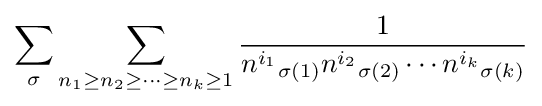
\sum _{\sigma }\sum _{n_{1}\geq n_{2}\geq \cdots \geq n_{k}\geq 1}{\frac {1}{{n^{i_{1}}}_{\sigma (1)}{n^{i_{2}}}_{\sigma (2)}\cdots {n^{i_{k}}}_{\sigma (k)}}}